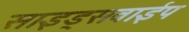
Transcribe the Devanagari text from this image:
साइड्सवाईप